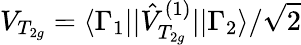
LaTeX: V_{T_{2g}}=\langle\Gamma_{1}||\hat{V}_{T_{2g}}^{(1)}||\Gamma_{2}\rangle/\sqrt{2}